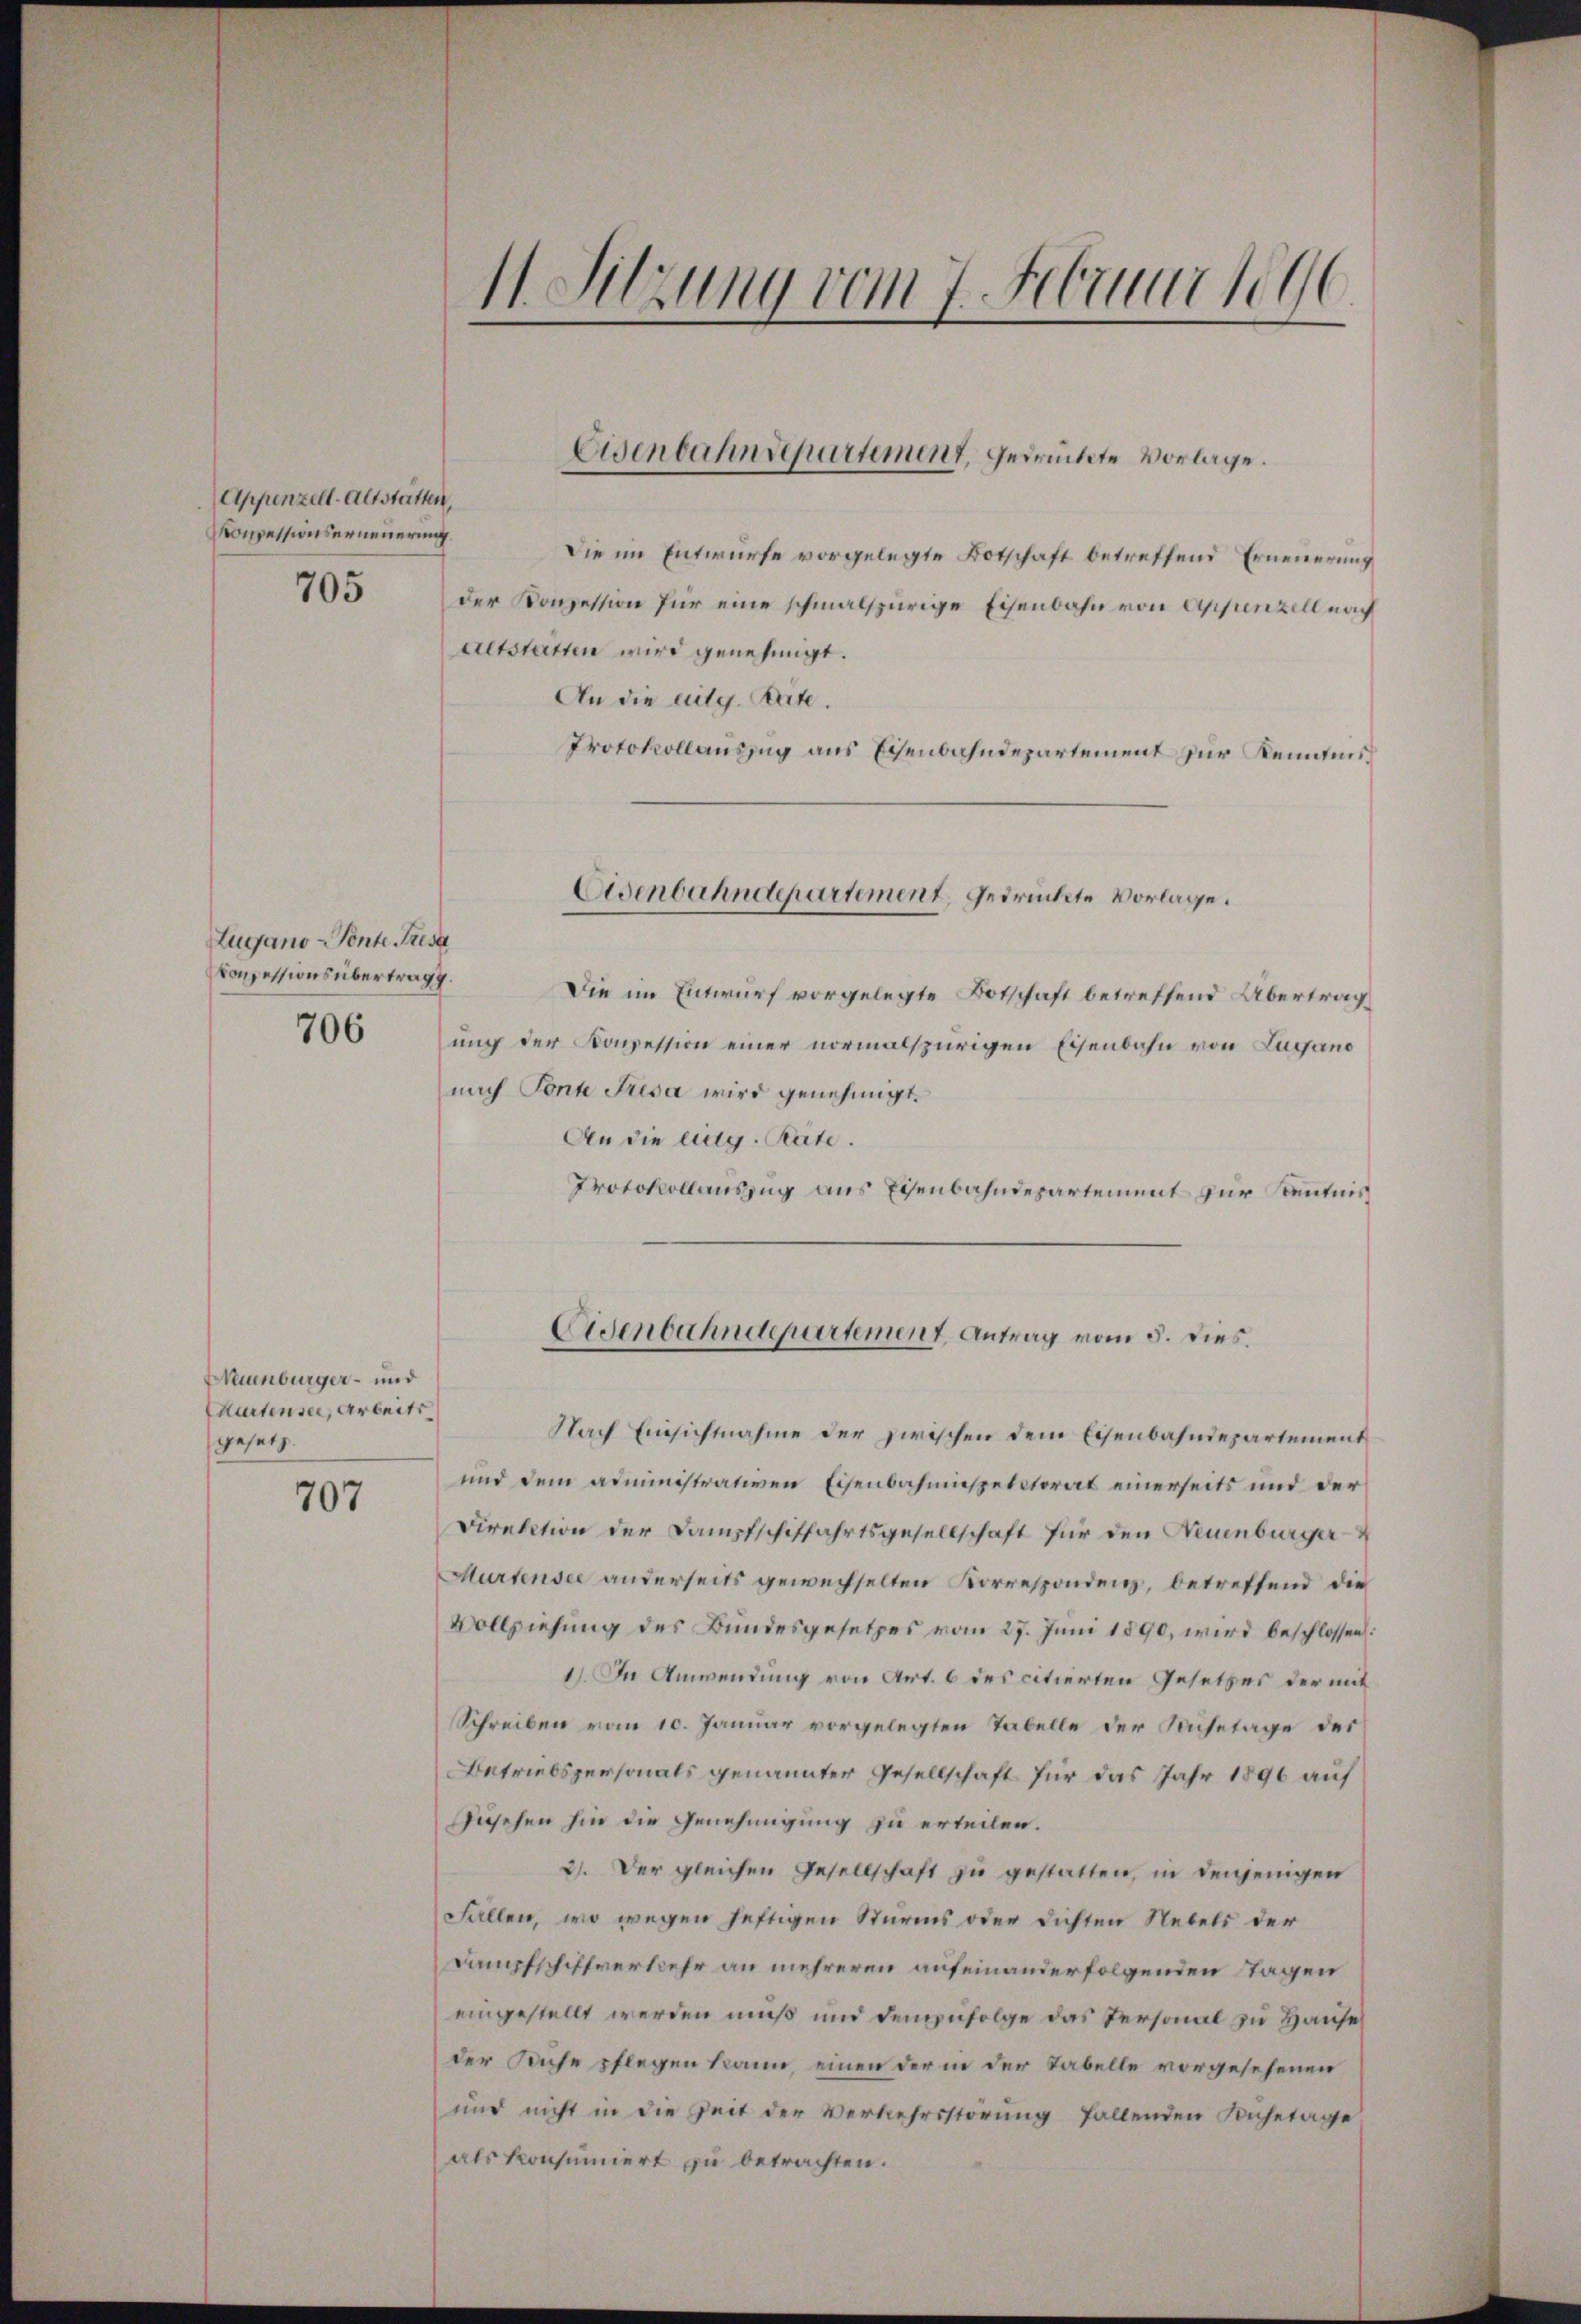
Appenzell-Altstätten,
Konzessionserneuerung
705

Zugano - Ponte Fresa
Consessions übertragg.
706

Neuenburger- und
Kartensee, Arbeits
gesetz.

707

11. Sitzung vom 7. Februar 1890

Die im Entwurfe vorgelegte Botschaft betreffend Erneuerung
der Konzession für eine schmalspurige Eisenbahn von Appenzell nach
aetstetten wird genehmigt.
An die citg. Seite.
Protokollauszug aus Eisenbahndepartement zur Kenntnis
Usenbahndepartement, gedrückte Vorlage.
Die im Entwurf vorgelegte Botschaft betreffend Übertrag
ung der Konzession einer normalspurigen Eisenbahn von Lugano
nach Tonte Presa wird genehmigt.
An die aug. Räte.
Protokollauszug aus Eisenbahndepartement zur Kenntnis

Eisenbahndepartement, gedrückte Vorlage.

Eidenbahndepartement, Antrag vom 5. dies.

Nach Einsichtnahme der zwischen dem Eisenbahndepartement
und dem administrativen Eisenbahnnspectorat einerseits und der
Direktion der Dampfschiffahrtsgesellschaft für den Neuenburger
Murtensee anderseits gewechselten Korrespondenz, betreffend die
Vollziehung des Bundesgesetzes vom 27. Juni 1890, wird beschlossen:
1) In Anwendung von Art. 6 des citierten Gesetzes der mit
Schreiben vom 10. Januar vorgelegten Tabelle der Ruhetage des
Betriebspersonals genannter Gesellschaft für das Jahr 1890 auf
Zusehen hin die Genehmigung zu erteilen.
2). Der gleichen Gesellschaft zu gestatten, in denjenigen
Fallen, wo wegen heftigen Sturms oder dichten Nebels der
Dampfschiffverkehr an mehreren aufeinanderfolgenden Tagen
eingestellt werden muß und demzufolge das Personal zu Hause
der Kühe pflegen kann, einen der in der Tabelle vorgesehenen
und nicht in die Zeit der Verkehrsstörung fallenden Kuhetage
als konsumiert zu betrachten.